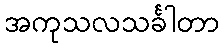
အကုသလသင်္ခါတာ